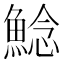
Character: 鯰